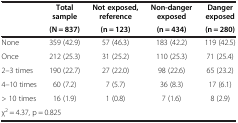
| <ROWSPAN=2>  | Total sample | Not exposed, reference | Non-danger exposed | Danger exposed |
 | (N = 837) | (n = 123) | (n = 434) | (n = 280) |
 | --- | --- | --- | --- | --- |
 | None | 359 (42.9) | 57 (46.3) | 183 (42.2) | 119 (42.5) |
 | Once | 212 (25.3) | 31 (25.2) | 110 (25.3) | 71 (25.4) |
 | 2–3 times | 190 (22.7) | 27 (22.0) | 98 (22.6) | 65 (23.2) |
 | 4–10 times | 60 (7.2) | 7 (5.7) | 36 (8.3) | 17 (6.1) |
 | > 10 times | 16 (1.9) | 1 (0.8) | 7 (1.6) | 8 (2.9) |
 | <COLSPAN=5> χ2 = 4.37, p = 0.825 |